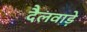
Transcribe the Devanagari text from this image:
दैलवाड़े